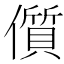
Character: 儨